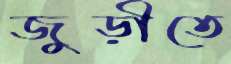
জুড়ীতে